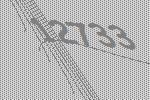
12733